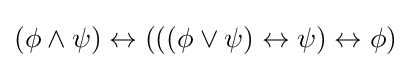
(\phi \land \psi )\leftrightarrow (((\phi \lor \psi )\leftrightarrow \psi )\leftrightarrow \phi )